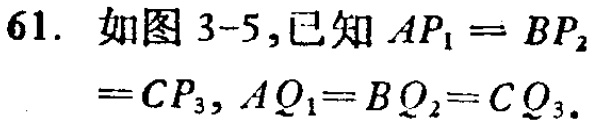
61. 如图 3-5,已知 \(AP_{1}=BP_{2}=CP_{3}, AQ_{1}=BQ_{2}=CQ_{3}\).